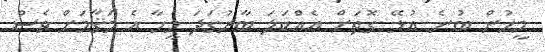
މީހުން ބުނެ އުޅޭ ގޮތަށް އެއްކަލަ ބާރުގަދަ މީހާ އެ މަޤާމަށް ވެސް